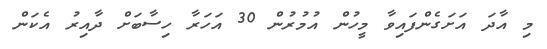
މި އާދަ އަށަގެންފައިވާ މީހުން އުމުރުން 30 އަހަރާ ހިސާބަށް ދާއިރު އެކަން